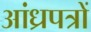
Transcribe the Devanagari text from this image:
आंध्रपत्रों